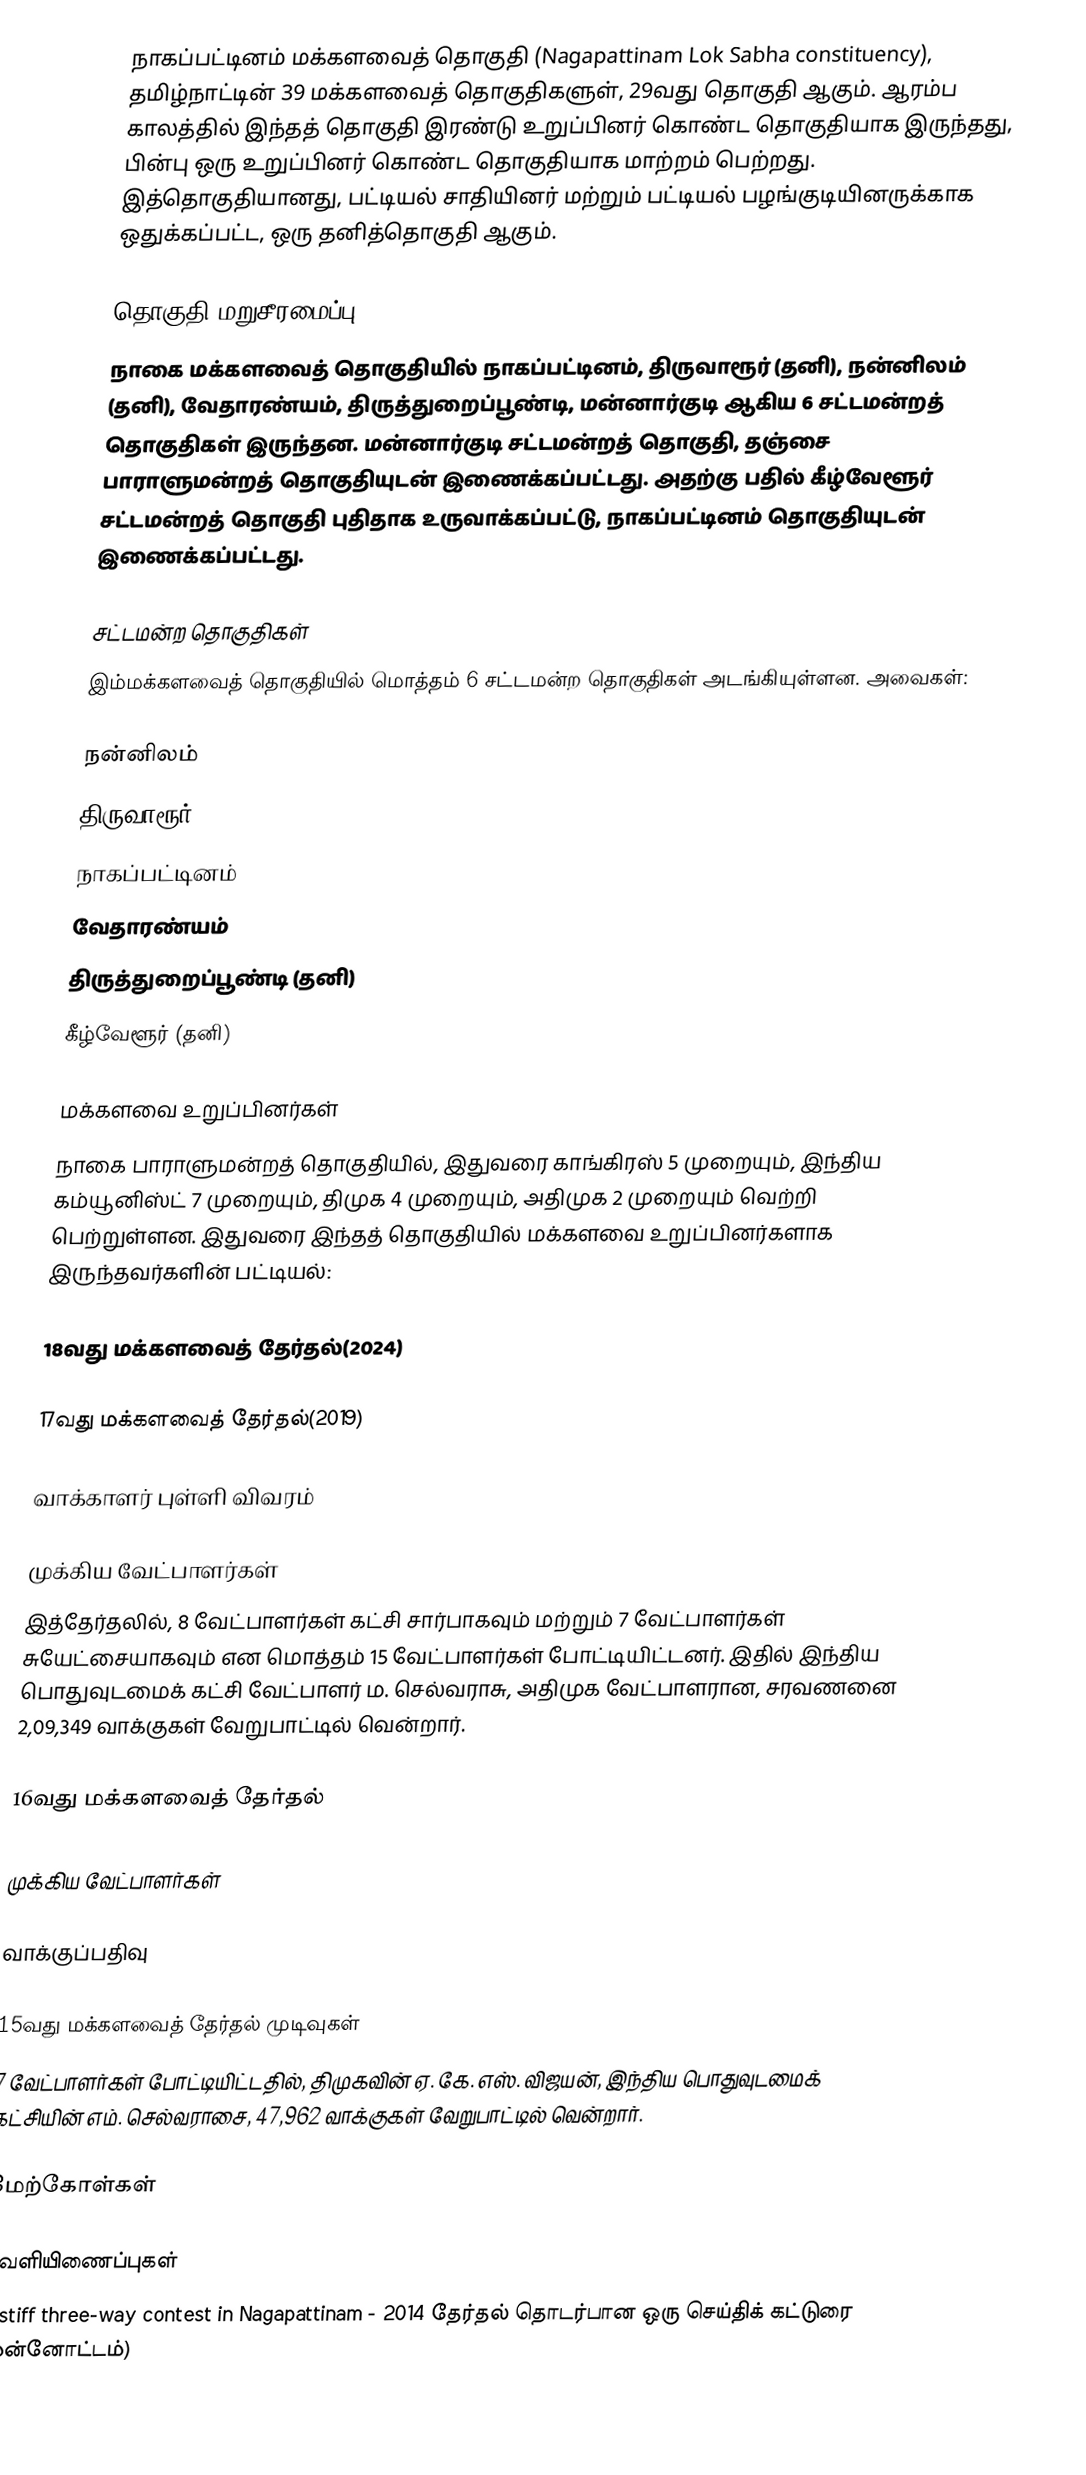
நாகப்பட்டினம் மக்களவைத் தொகுதி (Nagapattinam Lok Sabha constituency), தமிழ்நாட்டின் 39 மக்களவைத் தொகுதிகளுள், 29வது தொகுதி ஆகும். ஆரம்ப காலத்தில் இந்தத் தொகுதி இரண்டு உறுப்பினர் கொண்ட தொகுதியாக இருந்தது, பின்பு ஒரு உறுப்பினர் கொண்ட தொகுதியாக மாற்றம் பெற்றது. இத்தொகுதியானது, பட்டியல் சாதியினர் மற்றும் பட்டியல் பழங்குடியினருக்காக ஒதுக்கப்பட்ட, ஒரு தனித்தொகுதி ஆகும்.

தொகுதி மறுசீரமைப்பு
நாகை மக்களவைத் தொகுதியில் நாகப்பட்டினம், திருவாரூர் (தனி), நன்னிலம் (தனி), வேதாரண்யம், திருத்துறைப்பூண்டி, மன்னார்குடி ஆகிய 6 சட்டமன்றத் தொகுதிகள் இருந்தன. மன்னார்குடி சட்டமன்றத் தொகுதி, தஞ்சை பாராளுமன்றத் தொகுதியுடன் இணைக்கப்பட்டது. அதற்கு பதில் கீழ்வேளூர் சட்டமன்றத் தொகுதி புதிதாக உருவாக்கப்பட்டு, நாகப்பட்டினம் தொகுதியுடன் இணைக்கப்பட்டது.

சட்டமன்ற தொகுதிகள்
இம்மக்களவைத் தொகுதியில் மொத்தம் 6 சட்டமன்ற தொகுதிகள் அடங்கியுள்ளன. அவைகள்:

 நன்னிலம்
 திருவாரூர்
 நாகப்பட்டினம்
 வேதாரண்யம்
 திருத்துறைப்பூண்டி (தனி)
 கீழ்வேளூர் (தனி)

மக்களவை உறுப்பினர்கள்
நாகை பாராளுமன்றத் தொகுதியில், இதுவரை காங்கிரஸ் 5 முறையும், இந்திய கம்யூனிஸ்ட் 7 முறையும், திமுக 4 முறையும், அதிமுக 2 முறையும் வெற்றி பெற்றுள்ளன. இதுவரை இந்தத் தொகுதியில் மக்களவை உறுப்பினர்களாக இருந்தவர்களின் பட்டியல்:

18வது மக்களவைத் தேர்தல்(2024)

17வது மக்களவைத் தேர்தல்(2019)

வாக்காளர் புள்ளி விவரம்

முக்கிய வேட்பாளர்கள்
இத்தேர்தலில், 8 வேட்பாளர்கள் கட்சி சார்பாகவும் மற்றும் 7 வேட்பாளர்கள் சுயேட்சையாகவும் என மொத்தம் 15 வேட்பாளர்கள் போட்டியிட்டனர். இதில் இந்திய பொதுவுடமைக் கட்சி வேட்பாளர் ம. செல்வராசு, அதிமுக வேட்பாளரான, சரவணனை 2,09,349 வாக்குகள் வேறுபாட்டில் வென்றார்.

16வது மக்களவைத் தேர்தல்

முக்கிய வேட்பாளர்கள்

வாக்குப்பதிவு

15வது மக்களவைத் தேர்தல் முடிவுகள்
7 வேட்பாளர்கள் போட்டியிட்டதில், திமுகவின் ஏ. கே. எஸ். விஜயன்,  இந்திய பொதுவுடமைக் கட்சியின் எம். செல்வராசை, 47,962 வாக்குகள் வேறுபாட்டில் வென்றார்.

மேற்கோள்கள்

வெளியிணைப்புகள்
 A stiff three-way contest in Nagapattinam - 2014 தேர்தல் தொடர்பான ஒரு செய்திக் கட்டுரை (முன்னோட்டம்)